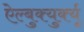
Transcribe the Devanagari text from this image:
ऐल्बुक्युर्क्यू